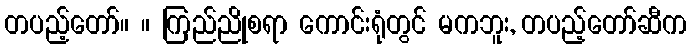
တပည့်တော်။ ။ ကြည်ညိုစရာ ကောင်းရုံတွင် မကဘူး, တပည့်တော်ဆီက